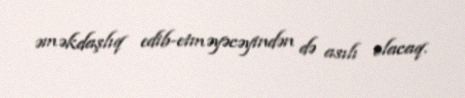
əməkdaşlıq edib-etməyəcəyindən də asılı olacaq.